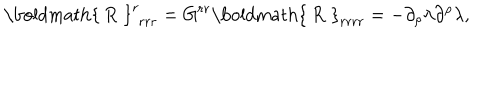
LaTeX: \mathrm { \boldmath { ~ R ~ } } _ { \, \, r r r } ^ { r } = G ^ { r r } \mathrm { \boldmath { ~ R ~ } } _ { r r r r } = - \partial _ { \rho } \lambda \partial ^ { \rho } \lambda ,